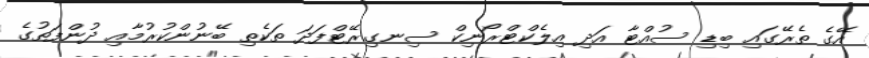
އޭގެ ތެރޭގައި ބިޑި ސުއްޓާ އަދި އިލެކްޓްރޯނިކް ސިނގިރޭޓްފަދަ ތަކެތި ބޭނުންކުރުމާއި ދުންފަތުގެ